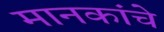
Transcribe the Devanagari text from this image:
मानकांचे